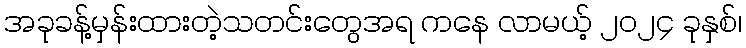
အခုခန့်မှန်းထားတဲ့သတင်းတွေအရ ကနေ လာမယ့် ၂၀၂၄ ခုနှစ်၊